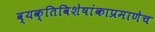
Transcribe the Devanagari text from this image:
व्यक्तिविशेषांकाप्रमाणेच